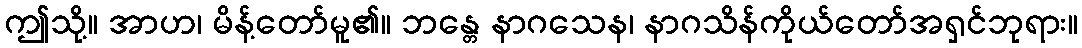
ဤသို့။ အာဟ၊ မိန့်တော်မူ၏။ ဘန္တေ နာဂသေန၊ နာဂသိန်ကိုယ်တော်အရှင်ဘုရား။